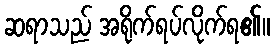
ဆရာသည် အရိုက်ရပ်လိုက်ရ၏။